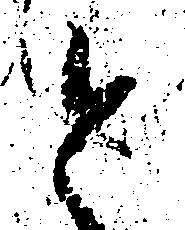
と